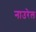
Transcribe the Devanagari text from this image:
नाउरेल